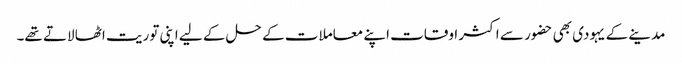
مدینے کے یہودی بھی حضور سے اکثر اوقات اپنے معاملات کے حل کے لیے اپنی توریت اٹھا لاتے تھے۔